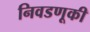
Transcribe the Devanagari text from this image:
निवडणूकी